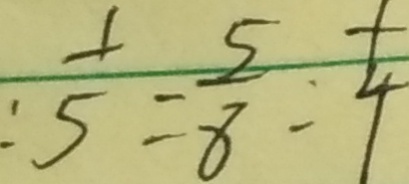
: \frac { 1 } { 5 } = \frac { 5 } { 8 } : \frac { 1 } { 4 }